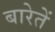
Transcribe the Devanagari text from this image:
बारेतें